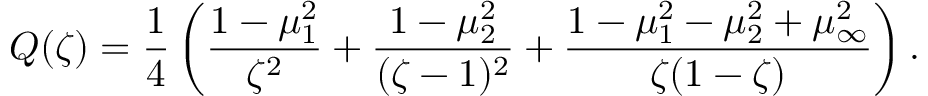
Q ( \zeta ) = \frac { 1 } { 4 } \left( \frac { 1 - \mu _ { 1 } ^ { 2 } } { \zeta ^ { 2 } } + \frac { 1 - \mu _ { 2 } ^ { 2 } } { ( \zeta - 1 ) ^ { 2 } } + \frac { 1 - \mu _ { 1 } ^ { 2 } - \mu _ { 2 } ^ { 2 } + \mu _ { \infty } ^ { 2 } } { \zeta ( 1 - \zeta ) } \right) .